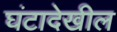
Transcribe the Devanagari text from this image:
घंटादेखील